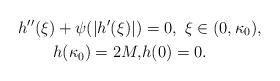
LaTeX: \begin{align*}h''(\xi)+\psi(|h'(\xi)|)&=0,\,\,\xi\in (0,\kappa_0),\\h(\kappa_0)=2M,&h(0) =0.\end{align*}